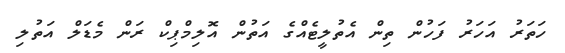
ހަތަރު އަަހަރު ފަހުން ތިން އެތުލީޓެއްގެ އަތުން އޮލިމްޕިކް ރަން މެޑަލް އަތުލި